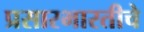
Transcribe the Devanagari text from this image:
प्रसारभारतीचे